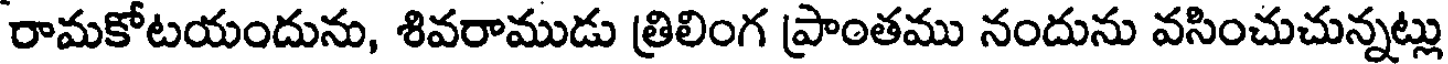
రామకోటయందును, శివరాముడు త్రిలింగ ప్రాంతము నందును వసించుచున్నట్లు